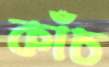
কাঁচ